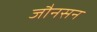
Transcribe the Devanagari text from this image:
जौनसन